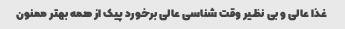
غذا عالی و بی نظیر وقت شناسی عالی برخورد پیک از همه بهتر ممنون